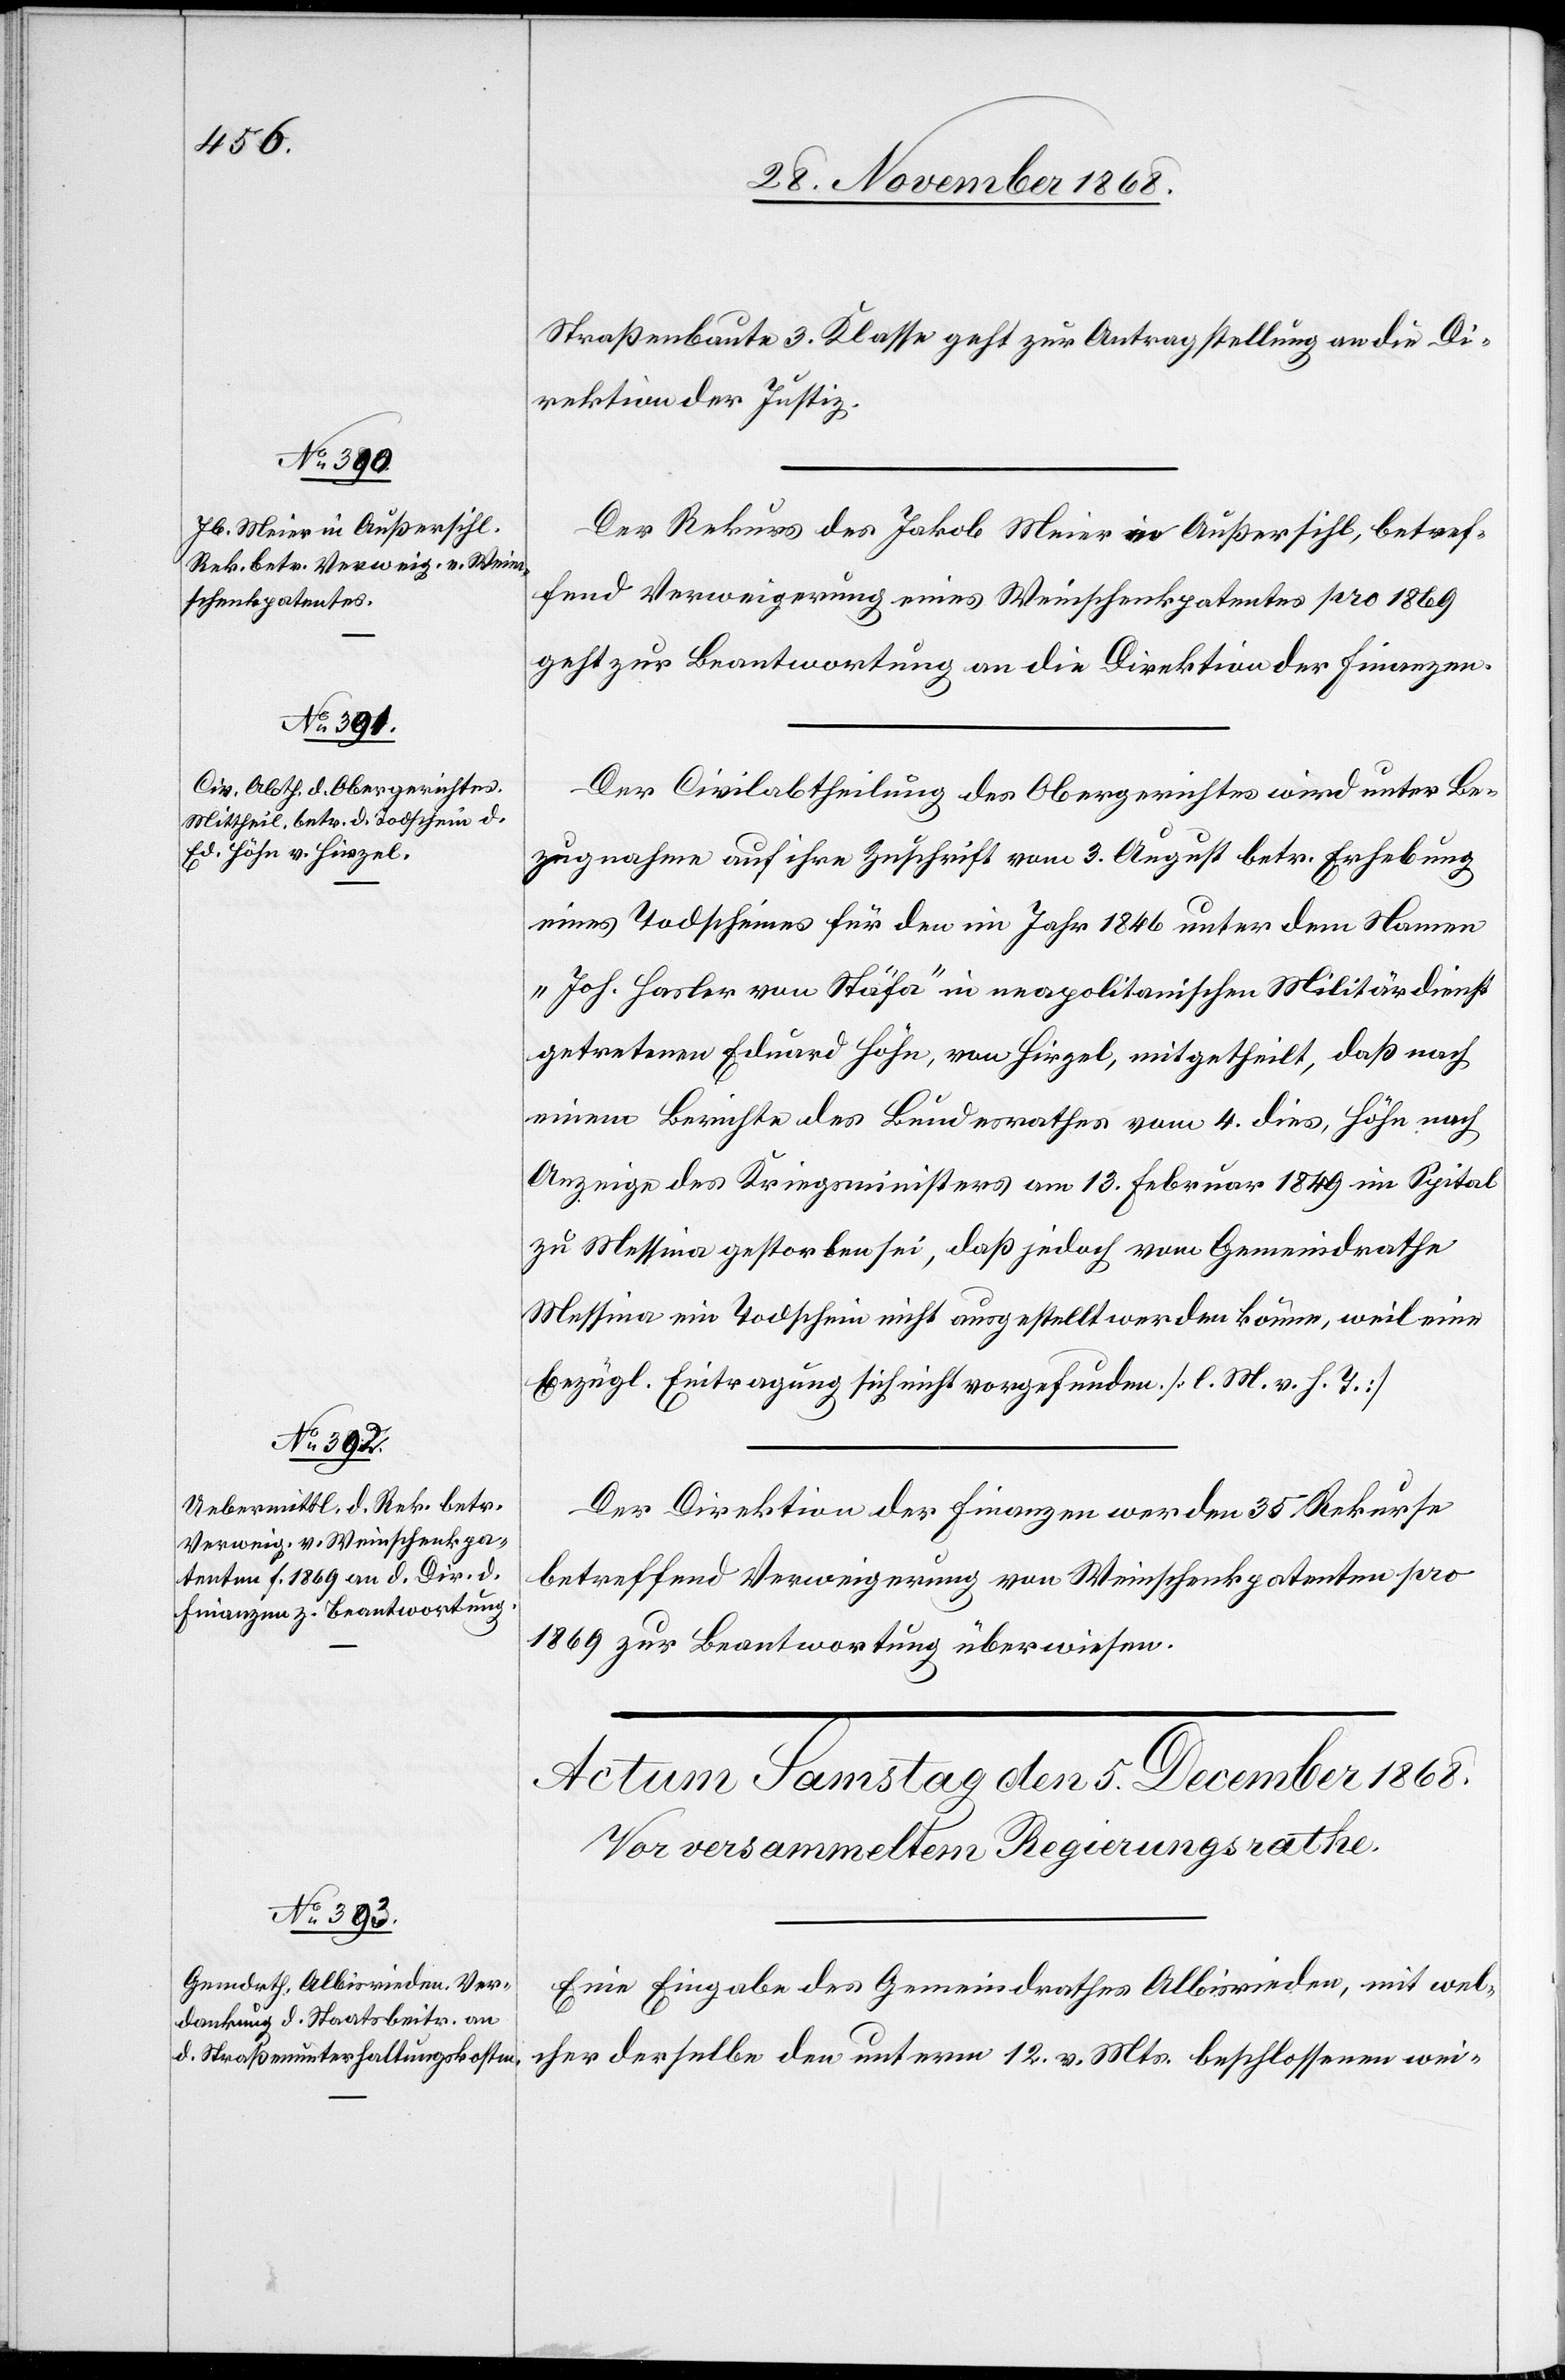
4. December 1868.]
Straßenbaute 3. Klasse geht zur Antragstellung an die Di¬
rektion der Justiz.
Der Rekurs des Jakob Meier in Außersihl, betref¬
fend Verweigerung eines Weinschenkpatentes pro 1869
geht zur Beantwortung an die Direktion der Finanzen.
Der Civilabtheilung des Obergerichtes wird unter Be¬
zugnahme auf ihre Zuschrift vom 3. August betr. Erhebung
eines Todscheines für den im Jahr 1846 unter dem Namen
„Joh. Hasler von Stäfa“ in neapolitanischen Militärdienst
getretenen Eduard Höhn, von Hirzel, mitgetheilt, daß nach
einem Berichte des Bundesrathes vom 4. dies, Höhn nach
Anzeige des Kriegsministers am 13. Februar 1849 im Spital
zu Messina gestorben sei, daß jedoch vom Gemeindrathe
Messina ein Todschein nicht ausgestellt werden könne, weil eine
bezügl. Eintragung sich nicht vorgefunden. [l. M. v. h. T.]
Der Direktion der Finanzen werden 35 Rekurse
betreffend Verweigerung von Weinschenkpatenten pro
1869 zur Beantwortung überwiesen.
Eine Eingabe des Gemeindrathes Albisrieden, mit wel¬
cher derselbe den unterm 12. v. Mts. beschlossenen wei-